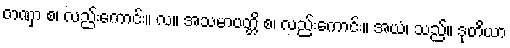
တဏှာ စ၊ လည်းကောင်း။ လ။ အသမာပတ္တိ စ၊ လည်းကောင်း။ အယံ၊ သည်။ ဒုတိယာ